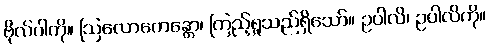
ဗိုလ်ပါကို။ ဩလောကေန္တော၊ ကြည့်ရှုသည်ရှိသော်။ ဥပါလိ၊ ဥပါလိကို။